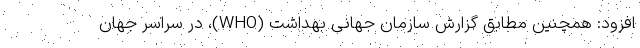
افزود: همچنین مطابق گزارش سازمان جهانی بهداشت (WHO)، در سراسر جهان